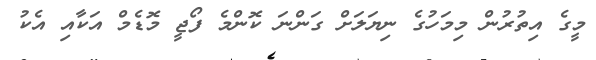
މީގެ އިތުރުން މިމަހުގެ ނިޔަލަށް ގަންނަ ކޮންމެ ފޯޖީ މޮޑެމް އަކާއި އެކު